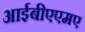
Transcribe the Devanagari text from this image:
आईबीएएमए